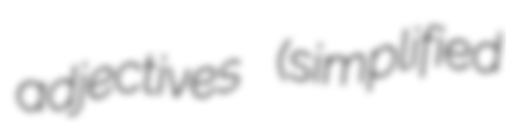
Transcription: adjectives (simplified